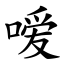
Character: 嗳